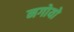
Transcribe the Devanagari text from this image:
नगोयो